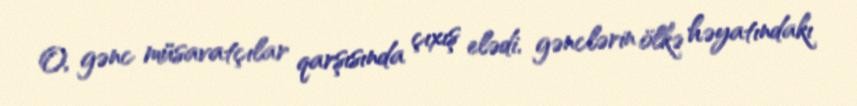
O, gənc müsavatçılar qarşısında çıxış elədi, gənclərin ölkə həyatındakı